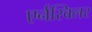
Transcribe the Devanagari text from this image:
एर्नस्विलर